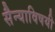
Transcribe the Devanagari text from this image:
सैन्याविषयी